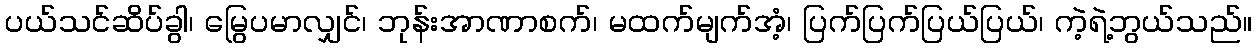
ပယ်သင်ဆိပ်ခွါ၊ မြွေပမာလျှင်၊ ဘုန်းအာဏာစက်၊ မထက်မျက်အံ့၊ ပြက်ပြက်ပြယ်ပြယ်၊ ကဲ့ရဲ့ဘွယ်သည်။